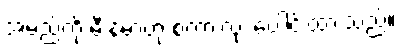
အမည်ကို မီးန်မာဟု စကားလုံး ပေါင်းထားသည်။